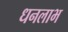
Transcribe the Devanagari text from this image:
धनलाभ